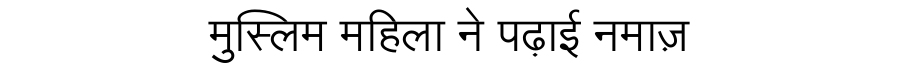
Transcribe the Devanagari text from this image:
मुस्लिम महिला ने पढ़ाई नमाज़